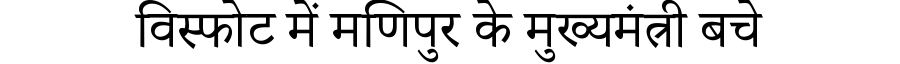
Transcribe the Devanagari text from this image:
विस्फोट में मणिपुर के मुख्यमंत्री बचे